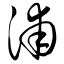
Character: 浦